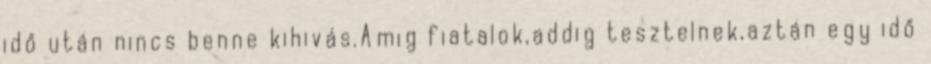
idő után nincs benne kihivás.Amig fiatalok,addig tesztelnek,aztán egy idő